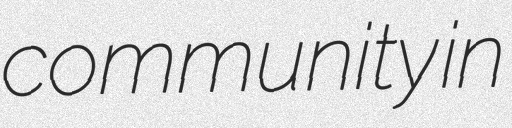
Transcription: community in